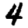
Digit: 4